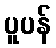
ပူပန်